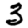
Digit: 3